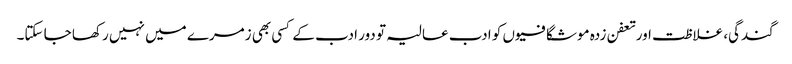
گندگی، غلاظت اور تعفن زدہ موشگافیوں کو ادب عالیہ تو دور ادب کے کسی بھی زمرے میں نہیں رکھا جا سکتا۔